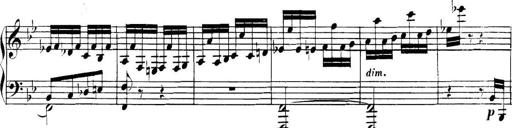
Title: Collected Piano Sonatas
Composer: Muzio Clementi